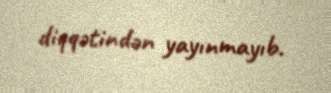
diqqətindən yayınmayıb.